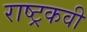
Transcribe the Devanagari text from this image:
राष्ट्रकवी